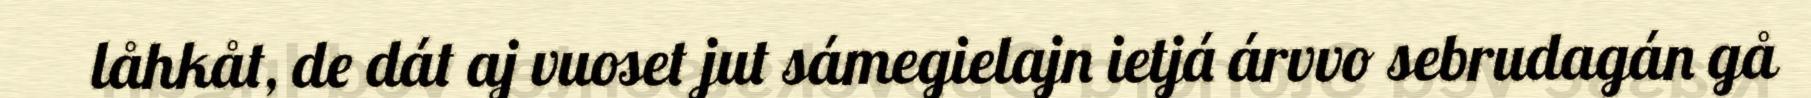
låhkåt, de dát aj vuoset jut sámegielajn ietjá árvvo sebrudagán gå